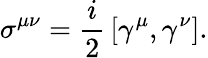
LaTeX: \sigma^{\mu\nu}=\frac i2\, [\gamma^{\mu},\gamma^{\nu}].